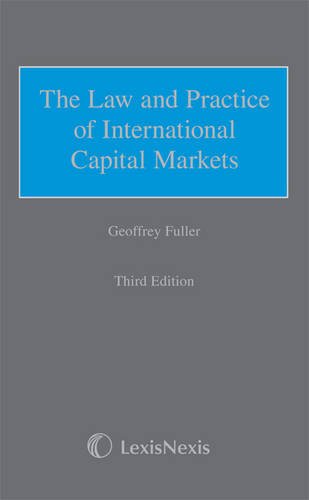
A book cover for Fuller: The Law and Practice of International Capital Markets; Geoffrey Fuller; Law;